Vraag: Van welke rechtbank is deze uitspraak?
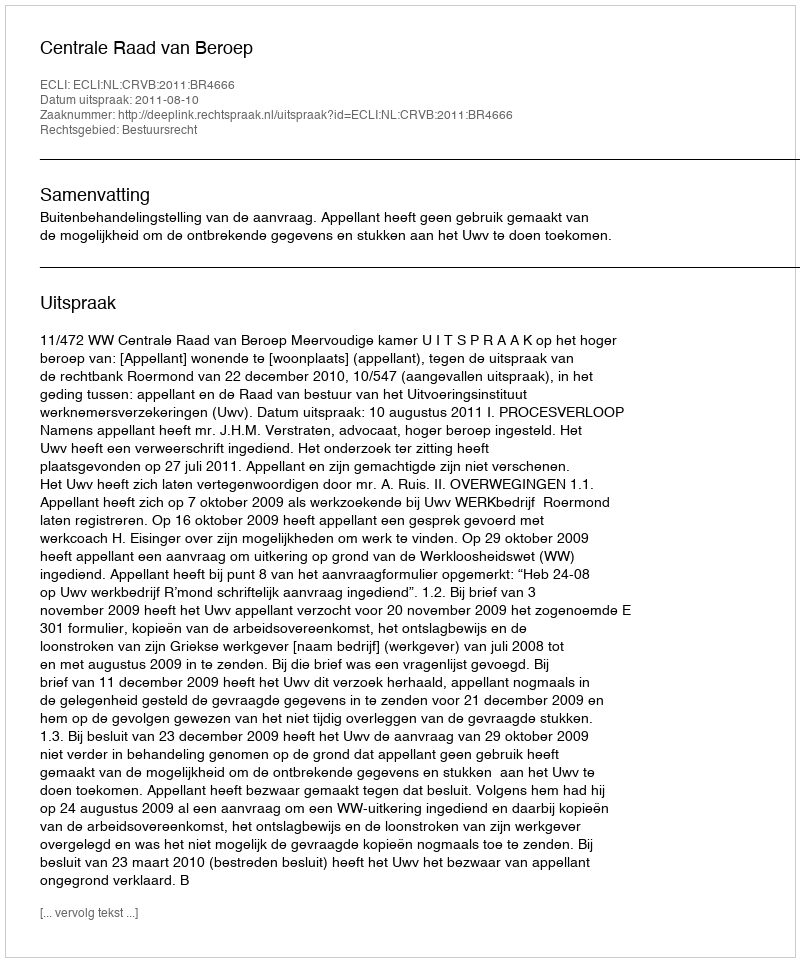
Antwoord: Centrale Raad van Beroep